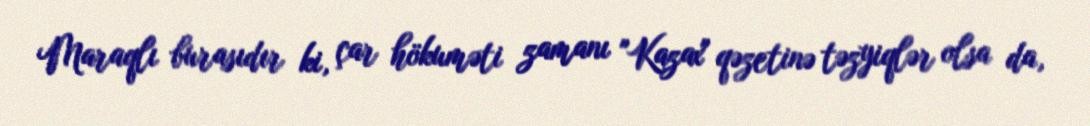
Maraqlı burasıdır ki, çar hökuməti zamanı "Kazax" qəzetinə təzyiqlər olsa da,